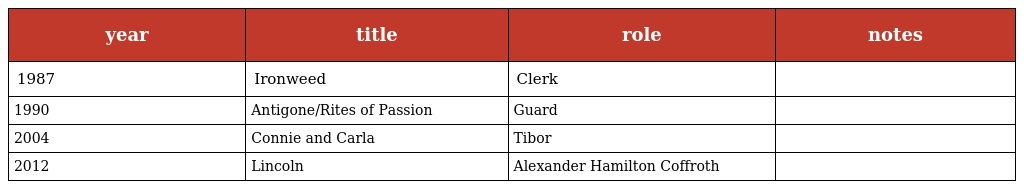
| year | title | role | notes |
 | --- | --- | --- | --- |
 | 1987 | Ironweed | Clerk |  |
 | 1990 | Antigone/Rites of Passion | Guard |  |
 | 2004 | Connie and Carla | Tibor |  |
 | 2012 | Lincoln | Alexander Hamilton Coffroth |  |